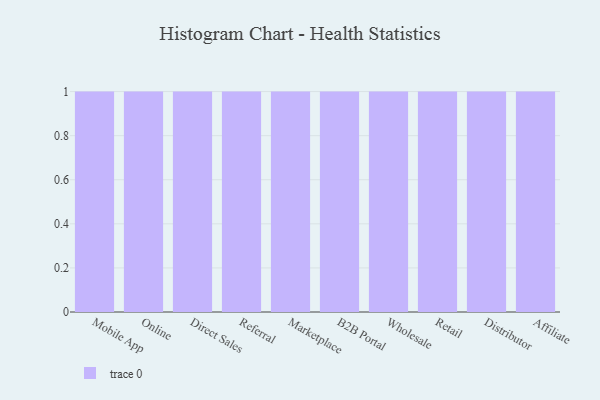
{"axis": {"x": "Channel", "y": "Satisfaction Score"}, "legend": [""], "data": [{"x": "Mobile App", "y": 42, "type": ""}, {"x": "Online", "y": 12, "type": ""}, {"x": "Direct Sales", "y": 15, "type": ""}, {"x": "Referral", "y": 91, "type": ""}, {"x": "Marketplace", "y": 21, "type": ""}, {"x": "B2B Portal", "y": 90, "type": ""}, {"x": "Wholesale", "y": 78, "type": ""}, {"x": "Retail", "y": 81, "type": ""}, {"x": "Distributor", "y": 29, "type": ""}, {"x": "Affiliate", "y": 56, "type": ""}]}